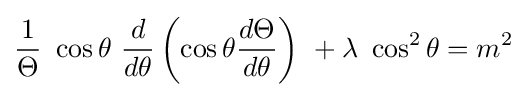
{\frac {1}{\Theta }}\ \cos \theta \ {\frac {d}{d\theta }}\left(\cos \theta {\frac {d\Theta }{d\theta }}\right)\ +\lambda \ \cos ^{2}\theta =m^{2}